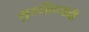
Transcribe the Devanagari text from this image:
गुरुशिष्यांची